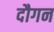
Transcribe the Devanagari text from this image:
दौगन